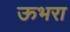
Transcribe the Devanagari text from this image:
ऊभरा